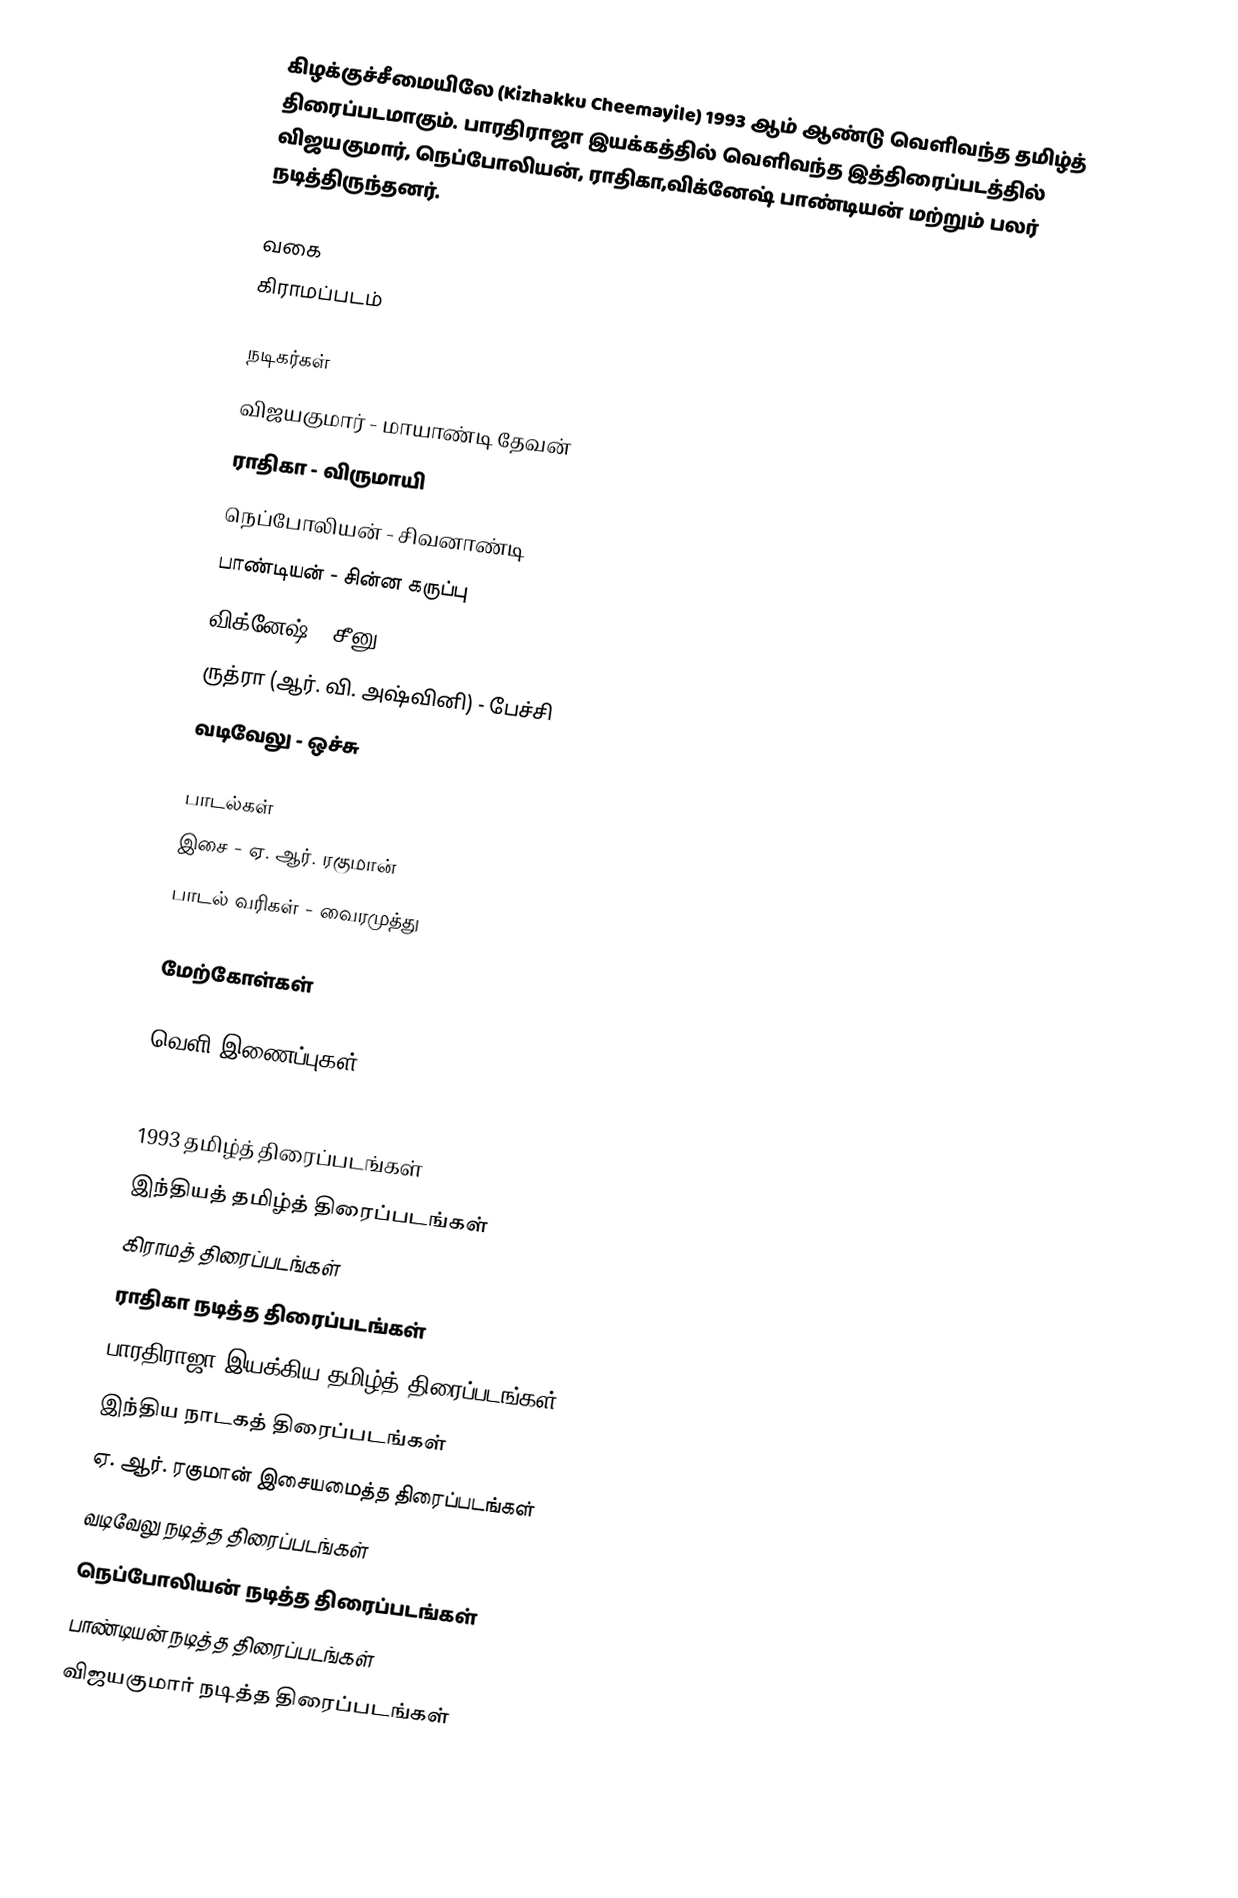
கிழக்குச்சீமையிலே (Kizhakku Cheemayile) 1993 ஆம் ஆண்டு வெளிவந்த தமிழ்த் திரைப்படமாகும். பாரதிராஜா இயக்கத்தில் வெளிவந்த இத்திரைப்படத்தில் விஜயகுமார், நெப்போலியன், ராதிகா,விக்னேஷ் பாண்டியன் மற்றும் பலர் நடித்திருந்தனர்.

வகை
கிராமப்படம்

நடிகர்கள்
 விஜயகுமார் - மாயாண்டி தேவன்
 ராதிகா - விருமாயி
 நெப்போலியன் - சிவனாண்டி
 பாண்டியன் - சின்ன கருப்பு
 விக்னேஷ் - சீனு
 ருத்ரா (ஆர். வி. அஷ்வினி) - பேச்சி
 வடிவேலு - ஒச்சு

பாடல்கள்
இசை - ஏ. ஆர். ரகுமான்
பாடல் வரிகள் - வைரமுத்து

மேற்கோள்கள்

வெளி இணைப்புகள்

1993 தமிழ்த் திரைப்படங்கள்
இந்தியத் தமிழ்த் திரைப்படங்கள்
கிராமத் திரைப்படங்கள்
ராதிகா நடித்த திரைப்படங்கள்
பாரதிராஜா இயக்கிய தமிழ்த் திரைப்படங்கள்
இந்திய நாடகத் திரைப்படங்கள்
ஏ. ஆர். ரகுமான் இசையமைத்த திரைப்படங்கள்
வடிவேலு நடித்த திரைப்படங்கள்
நெப்போலியன் நடித்த திரைப்படங்கள்
பாண்டியன் நடித்த திரைப்படங்கள்
விஜயகுமார் நடித்த திரைப்படங்கள்